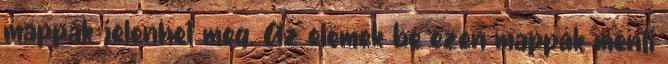
mappák jelenhet meg. Az elemek be ezen mappák menti